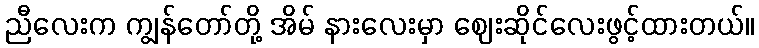
ညီလေးက ကျွန်တော်တို့ အိမ် နားလေးမှာ ဈေးဆိုင်လေးဖွင့်ထားတယ်။